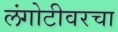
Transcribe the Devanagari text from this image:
लंगोटीवरचा